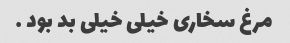
مرغ سخاری خیلی خیلی بد بود …